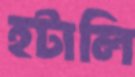
হটালি